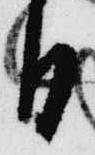
日